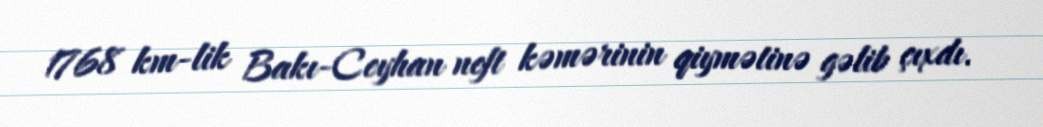
1768 km-lik Bakı-Ceyhan neft kəmərinin qiymətinə gəlib çıxdı.